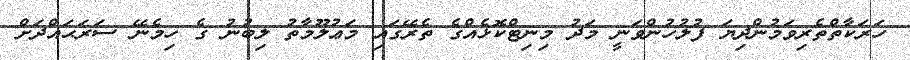
ހަރަކާތްތެރިވަމުންދިޔަ ފުލުހުންވަނީ މަދު މިނިޓްކޮޅެއްގެ ތެރޭގައި މަޢުލޫމާތު ލިބުނު ގެ ހިމެނޭ ސަރަޙައްދަށް